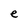
Character: e